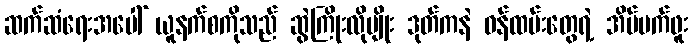
ဆက်ဆံရေးအပေါ် ယူနက်စကိုသည် ဆွဲကြိုးလိုမျိုး ဒုတ်ကနဲ ဝန်ထမ်းတွေရဲ့ အိပ်မက်ဖူး